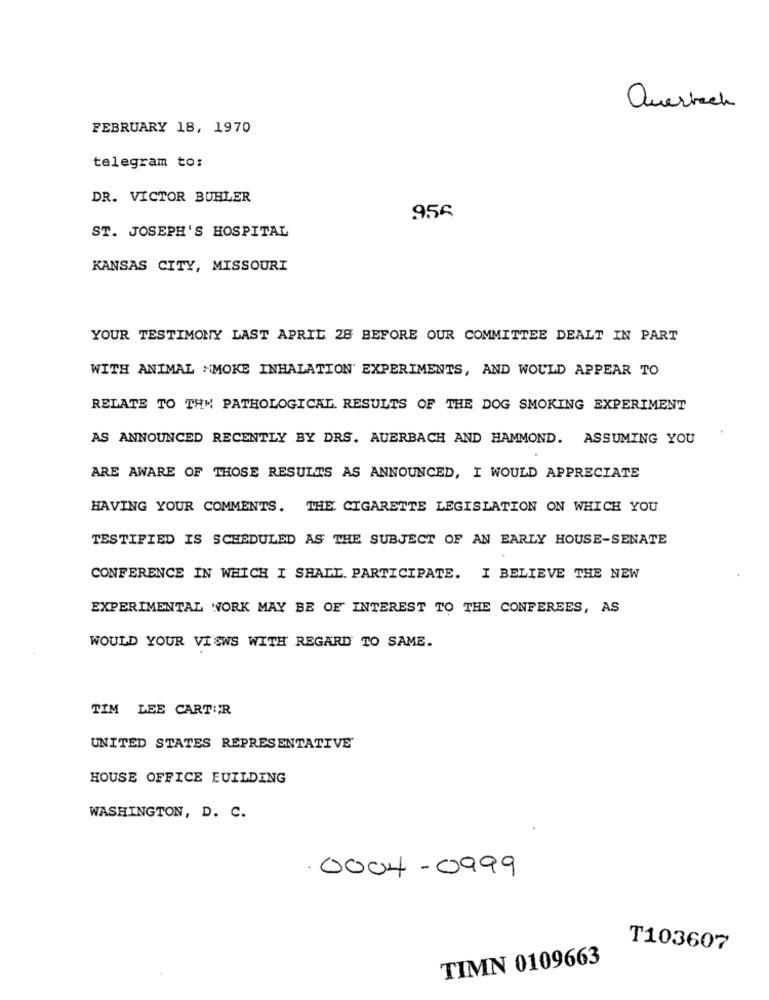
Querbach
FEBRUARY 18, 1970
telegram to:
DR. VICTOR BUHLER
956
ST. JOSEPH'S HOSPITAL
KANSAS CITY, MISSOURI
YOUR TESTIMONY LAST APRIL 28 BEFORE OUR COMMITTEE DEALT IN PART
WITH ANIMAL SMOKE INHALATION' EXPERIMENTS, AND WOULD APPEAR TO
RELATE TO THE PATHOLOGICAL. RESULTS OF THE DOG SMOKING EXPERIMENT
AS ANNOUNCED RECENTLY BY DRS. AUERBACH AND HAMMOND. ASSUMING YOU
ARE AWARE OF THOSE RESULTS AS ANNOUNCED, I WOULD APPRECIATE
HAVING YOUR COMMENTS. THE CIGARETTE LEGISLATION ON WHICH YOU
TESTIFIED IS SCHEDULED AS THE SUBJECT OF AN EARLY HOUSE-SENATE
CONFERENCE IN WHICH I SHALL. PARTICIPATE. I BELIEVE THE NEW
EXPERIMENTAL WORK MAY BE OF INTEREST TO THE CONFEREES, AS
WOULD YOUR VIEWS WITH REGARD TO SAME.
TIM LEE CARTER
UNITED STATES REPRESENTATIVE
HOUSE OFFICE EUILDING
WASHINGTON, D. C.
.0004-0999
T103607
TIMN 0109663